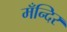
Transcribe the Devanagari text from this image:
मँन्दिर